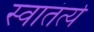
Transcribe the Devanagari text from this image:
स्वातंर्त्य